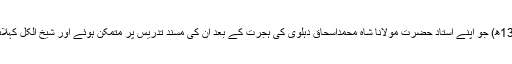
1320ھ) جو اپنے استاد حضرت مولانا شاہ محمداسحاق دہلوی کی ہجرت کے بعد ان کی مسند تدریس پر متمکن ہوئے اور شیخ الکل کہلائے ۔